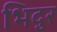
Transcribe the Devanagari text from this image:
भिदुर